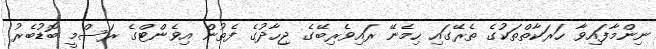
ނިންމާފައިވާ ހަރަކާތްތަކުގެ ތެރޭގައި ހިމެނޭ ރައިވެރިބޭގެ ޖިހާދުގެ ފެތުން އިވެންޓްގެ ރަސްމީ ބޮޑުބެރު